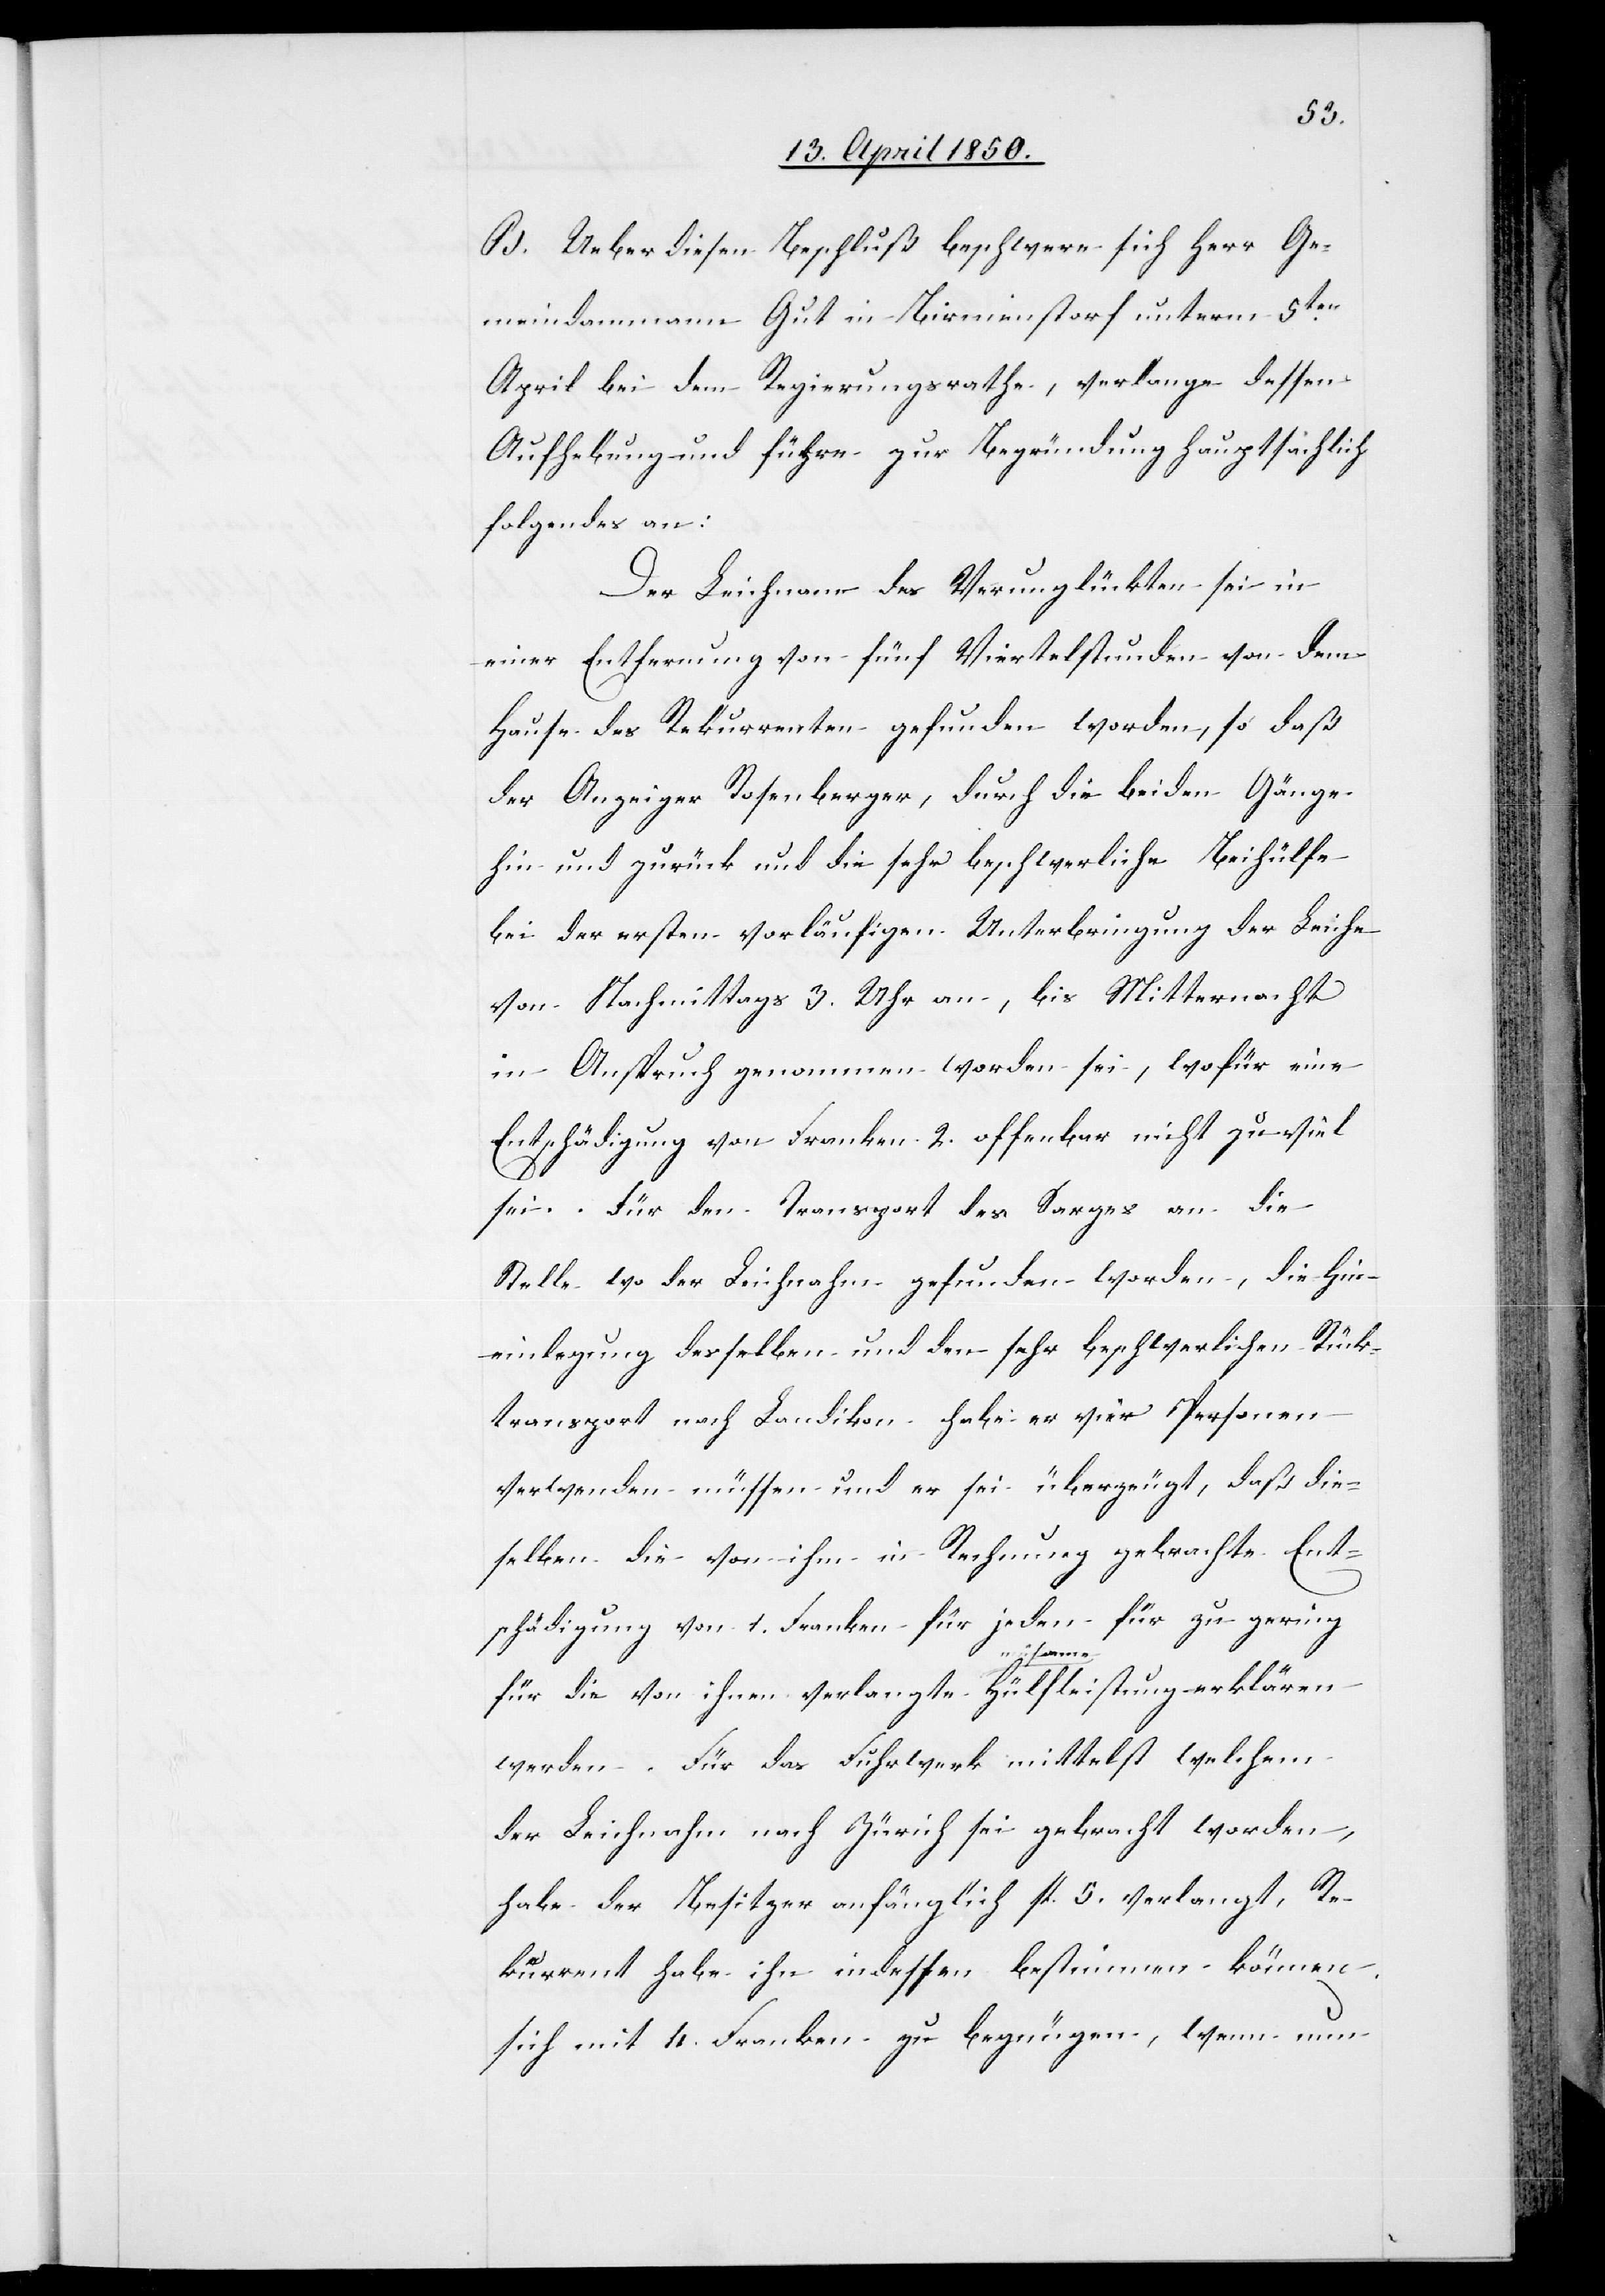
B. Ueber diesen Beschluß beschwere sich Herr Ge¬
meindammann Gut in Birmenstorf unterm 5ten
April bei dem Regierungsrathe, verlange dessen
Aufhebung und führe zur Begründung hauptsächlich
folgendes an:
Der Leichnam des Verunglückten sei in
einer Entfernung von fünf Viertelstunden von dem
Hause des Rekurrenten gefunden worden, so daß
der Anzeiger Rosenberger, durch die beiden Gänge
hin und zurück und die sehr beschwerliche Beihülfe
bei der ersten vorläufigen Unterbringung der Leiche
von Nachmittags 3. Uhr an, bis Mitternacht
in Anspruch genommen worden sei, wofür eine
Entschädigung von Franken 2. offenbar nicht zu viel
sei. Für den Transport des Sarges an die
Stelle wo der Leichnahm gefunden worden, die Hin¬
einlegung desselben und den sehr beschwerlichen Rück¬
transport nach Landikon habe er vier Personen
verwenden müssen und er sei überzeugt, daß die¬
selben die von ihm in Rechnung gebrachte Ent¬
schädigung von 1. Franken für jeden für zu gering
für die von ihnen verlangte müsame Hülfleistung erklären
werden. Für das Fuhrwerk mittelst welchem
der Leichnahm nach Zürich sei gebracht worden,
habe der Besitzer anfänglich fl. 5. verlangt, Re¬
kurrent habe ihn indessen bestimmen können,
sich mit 4. Franken zu begnügen, wenn nun